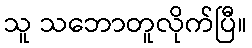
သူ သဘောတူလိုက်ပြီ။